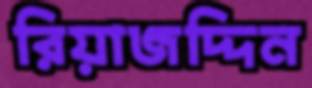
রিয়াজদ্দিন